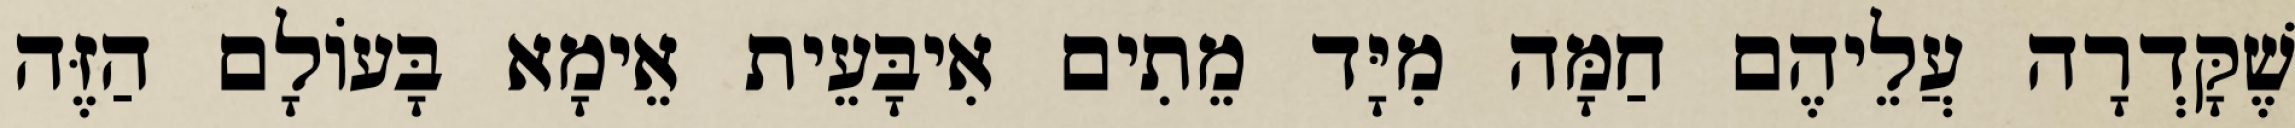
שֶׁקָּדְרָה עֲלֵיהֶם חַמָּה מִיָּד מֵתִים אִיבָּעֵית אֵימָא בָּעוֹלָם הַזֶּה